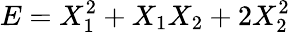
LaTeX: E=X_{1}^{2}+X_{1}X_{2}+2X_{2}^{2}